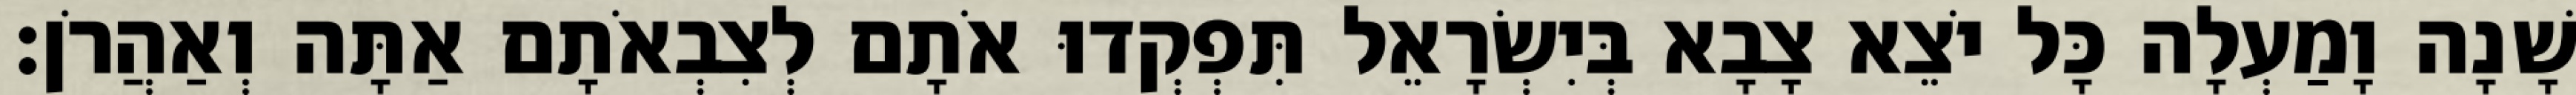
שָׁנָה וָמַעְלָה כָּל יֹצֵא צָבָא בְּיִשְׂרָאֵל תִּפְקְדוּ אֹתָם לְצִבְאֹתָם אַתָּה וְאַהֲרֹן׃